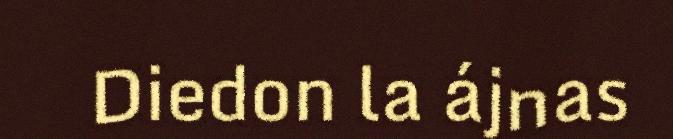
Diedon la ájnas